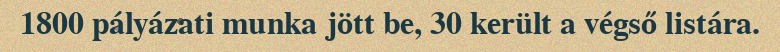
1800 pályázati munka jött be, 30 került a végső listára.